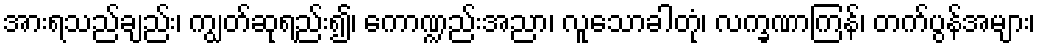
အားရသည်ချည်း၊ ကျွတ်ဆုရည်း၍၊ ကောဏ္ဍည်းအညာ၊ လူသောခါတုံ၊ လက္ခဏာကြန်၊ တက်ပွန်အများ၊